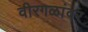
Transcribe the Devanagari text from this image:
वीरगळांवर